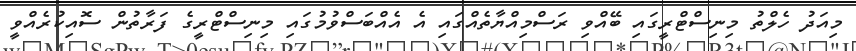
މިއަދު ހެލްތު މިނިސްޓްރީގައި ބޭއްވި ރަސްމިއްޔާތެއްގައި އެ އެއްބަސްވުމުގައި މިނިސްޓްރީގެ ފަރާތުން ސޮއިކުރެއްވީ